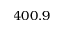
4 0 0 . 9